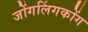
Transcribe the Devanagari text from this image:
जोंगलिंगकोंग